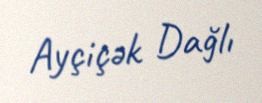
Ayçiçək Dağlı